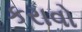
કરાવો